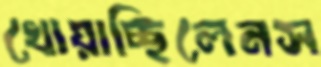
খোয়াচ্ছিলেনস